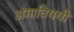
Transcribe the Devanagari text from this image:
अंगाविषयी